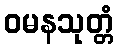
ဝမနသုတ္တံ